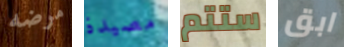
مرضه مصيدة ستتم ابق